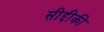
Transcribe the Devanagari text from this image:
सीद्दीकी